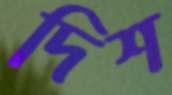
দিশ